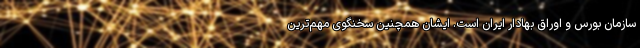
سازمان بورس و اوراق بهادار ایران است. ایشان همچنین سخنگوی مهم‌ترین